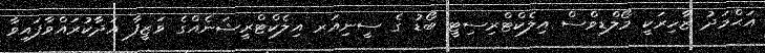
އަޙްމަދު ޒާހިރަކީ މޯލްޑިވްސް އިލެކްޓްރިސިޓީ ބޯޑު ގެ ސީނިއަރ އިލެކްޓްރީޝަނެއްގެ ވަޒީފާ އަދާކުރައްވާފައިވާ